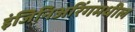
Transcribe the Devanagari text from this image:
इंजिनिअरिंगमधील